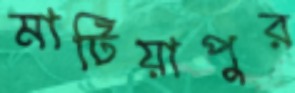
মাটিয়াপুর